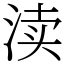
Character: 渎